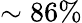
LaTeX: \sim 86\%